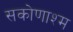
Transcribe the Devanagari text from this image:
सकोणाश्म